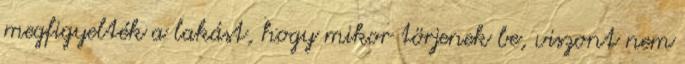
megfigyelték a lakást, hogy mikor törjenek be, viszont nem